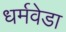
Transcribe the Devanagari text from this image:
धर्मवेडा